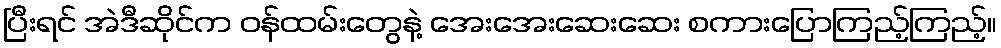
ပြီးရင် အဲဒီဆိုင်က ဝန်ထမ်းတွေနဲ့ အေးအေးဆေးဆေး စကားပြောကြည့်ကြည့်။